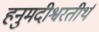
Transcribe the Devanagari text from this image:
हनुमदीश्वरतीर्थ